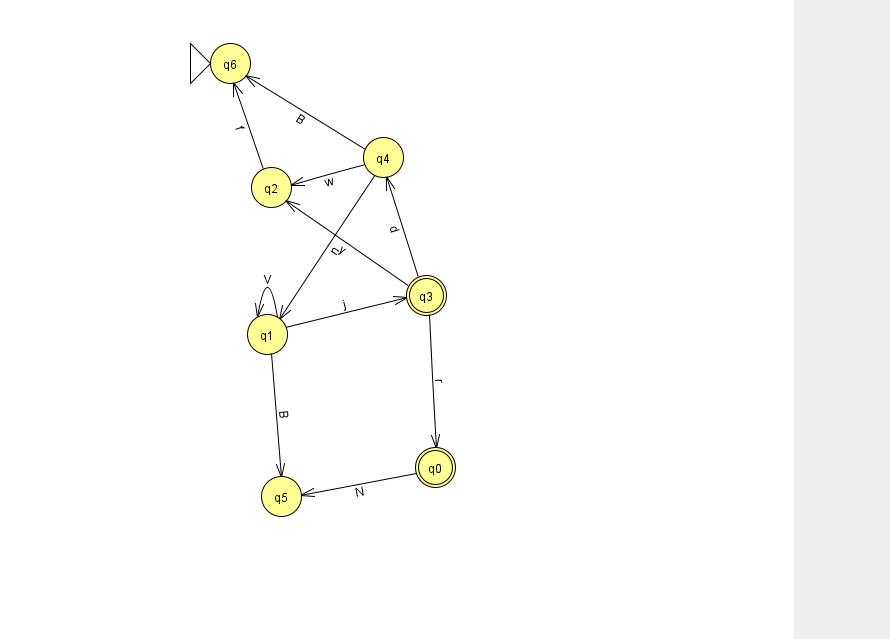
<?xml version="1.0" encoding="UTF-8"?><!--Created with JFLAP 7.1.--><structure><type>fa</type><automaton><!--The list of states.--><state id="0" name="q0"><x>435.0</x><y>454.0</y><final/></state><state id="1" name="q1"><x>267.0</x><y>321.0</y></state><state id="2" name="q2"><x>271.0</x><y>174.0</y></state><state id="3" name="q3"><x>426.0</x><y>282.0</y><final/></state><state id="4" name="q4"><x>383.0</x><y>144.0</y></state><state id="5" name="q5"><x>281.0</x><y>483.0</y></state><state id="6" name="q6"><x>230.0</x><y>50.0</y><initial/></state><!--The list of transitions.--><transition><from>3</from><to>4</to><read>d</read></transition><transition><from>4</from><to>6</to><read>B</read></transition><transition><from>2</from><to>6</to><read>f</read></transition><transition><from>4</from><to>2</to><read>w</read></transition><transition><from>1</from><to>1</to><read>V</read></transition><transition><from>0</from><to>5</to><read>N</read></transition><transition><from>3</from><to>0</to><read>r</read></transition><transition><from>1</from><to>5</to><read>B</read></transition><transition><from>3</from><to>2</to><read>y</read></transition><transition><from>4</from><to>1</to><read>n</read></transition><transition><from>1</from><to>3</to><read>j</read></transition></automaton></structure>